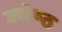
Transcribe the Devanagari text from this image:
ज्‍येष्‍ठ